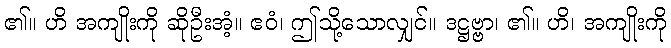
၏။ ဟိ အကျိုးကို ဆိုဦးအံ့။ ဧဝံ၊ ဤသို့သောလျှင်။ ဒဋ္ဌဗ္ဗာ၊ ၏။ ဟိ၊ အကျိုးကို